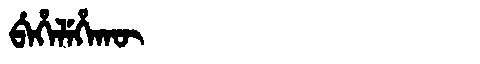
Manchu: ᠪᡝᡥᡝᠯᡝᡥᠠᡴᡡ
Romanization: BEHELEHAKŪ